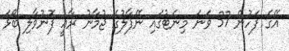
އޭގެ ފަހުން 37 ވަނަ މިނެޓުގައި ނޭޕާލުގެ ޖުމާނު ރާއީ ފޮނުވާލި ބޯޅަ